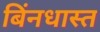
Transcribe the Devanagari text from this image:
बिंनधास्त